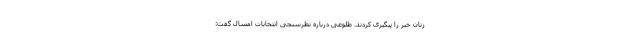
زنان خبر را پیگیری کردند. طلوعی درباره نظرسنجی انتخابات امسال گفت: